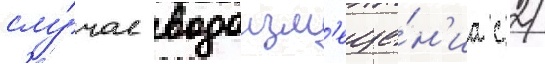
слу́чае водоизм'еще́н'иа с 2/